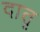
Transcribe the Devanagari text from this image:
दातृ